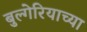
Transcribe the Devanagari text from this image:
बुल्गेरियाच्या